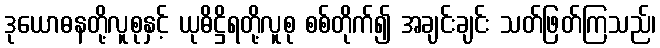
ဒုယောဓနတို့လူစုနှင့် ယုဓိဋ္ဌိရတို့လူစု စစ်တိုက်၍ အချင်းချင်း သတ်ဖြတ်ကြသည်၊